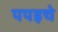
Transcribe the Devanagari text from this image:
पपइचे